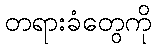
တရားခံတွေကို